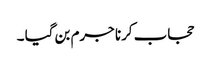
حجاب کرنا جرم بن گیا ۔